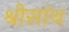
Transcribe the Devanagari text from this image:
श्रीसांथ